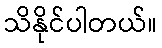
သိနိုင်ပါတယ်။